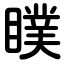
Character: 瞨